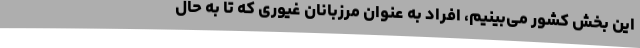
این بخش کشور می‌بینیم، افراد به عنوان مرزبانان غیوری که تا به حال